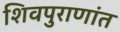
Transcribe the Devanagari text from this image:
शिवपुराणांत